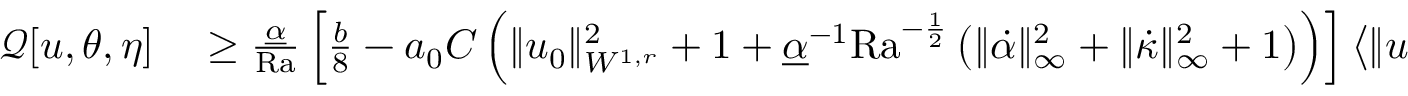
\begin{array} { r l } { \mathcal { Q } [ u , \theta , \eta ] } & { { } \geq \frac { \underline { { \alpha } } } { \mathrm { { R a } } } \left[ \frac { b } { 8 } - a _ { 0 } C \left( \| u _ { 0 } \| _ { W ^ { 1 , r } } ^ { 2 } + 1 + \underline { { \alpha } } ^ { - 1 } \mathrm { { R a } } ^ { - \frac { 1 } { 2 } } \left( \| \dot { \alpha } \| _ { \infty } ^ { 2 } + \| \dot { \kappa } \| _ { \infty } ^ { 2 } + 1 \right) \right) \right] \left\langle \| u \| _ { H ^ { 1 } } ^ { 2 } \right\rangle } \end{array}